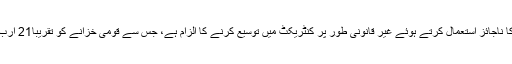
ملزمان پرمبینہ طور پراختیارات کا ناجائز استعمال کرتے ہوئے غیر قانونی طور پر کنٹریکٹ میں توسیع کرنے کا الزام ہے، جس سے قومی خزانے کو تقریبا21 ارب روپے کا روپے کا نقصان پہنچا۔